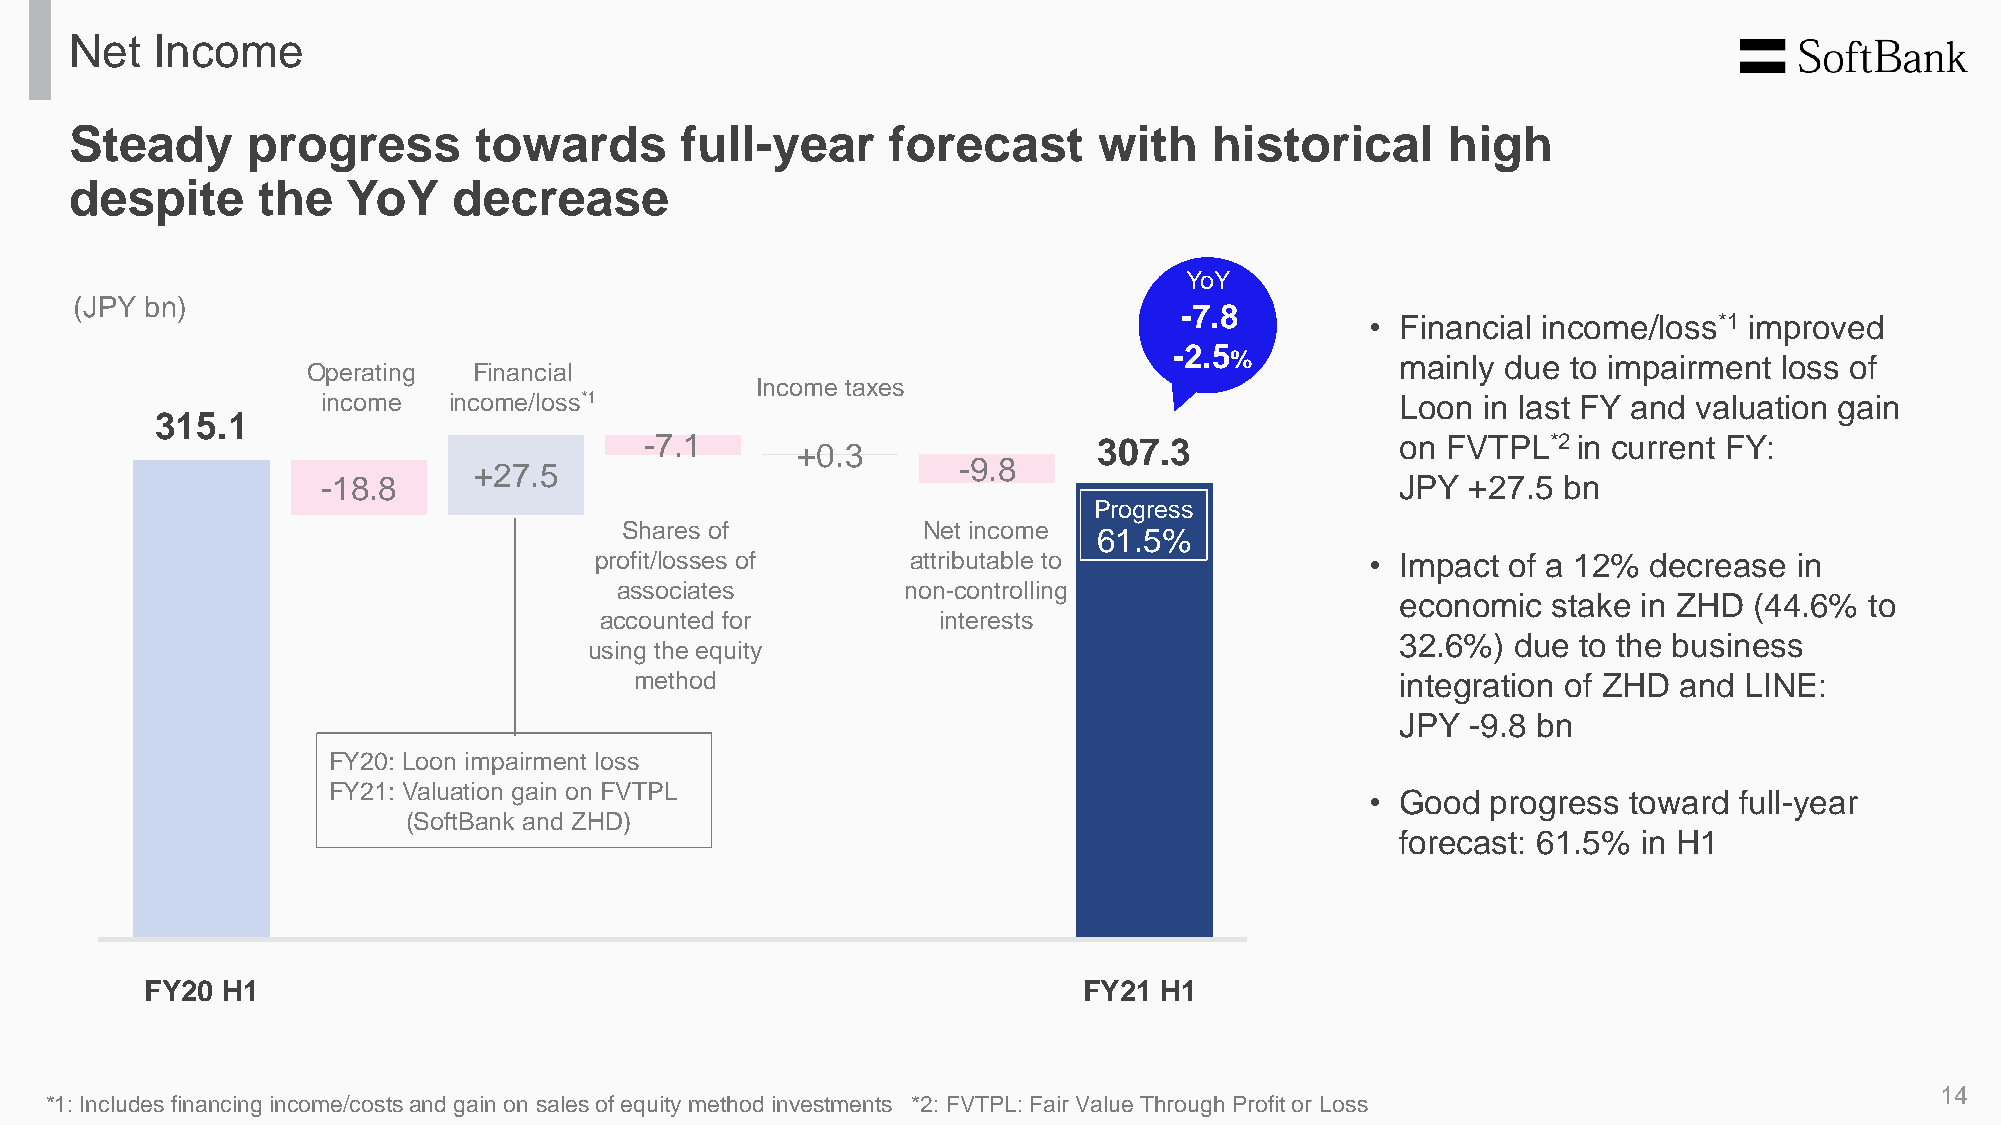
Net  Income
 Steady     progress       towards       full-year     forecast      with   historical      high
 despite     the   YoY    decrease
 YoY
 (JPY bn)
 -7.8
 _        • Financial income/loss*1 improved
 -2.5
 %           mainly due to impairment loss of
 Operating  Financial
 Income taxes
 income   income/loss*1                                                  Loon in last FY and valuation gain
 315.1
 -7.1      +0.3                307.3               on FVTPL*2 in current FY:
 +27.5                           -9.8
 -18.8                                                                   JPY +27.5 bn
 Progress
 Shares of           Net income
 61.5%
 profit/losses of     attributable to                • Impact of a 12% decrease  in
 associates         non-controlling
 economic  stake in ZHD (44.6%  to
 accounted for         interests
 32.6%) due  to the business
 using the equity
 method                                             integration of ZHD and LINE:
 JPY -9.8 bn
 FY20: Loon impairment loss
 FY21: Valuation gain on FVTPL
 • Good  progress toward full-year
 (SoftBank and ZHD)
 forecast: 61.5% in H1
 FY20 H1                                                       FY21 H1
 14
 *1: Includes financing income/costs and gain on sales of equity method investments *2: FVTPL: Fair Value Through Profit or Loss